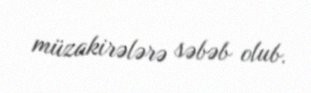
müzakirələrə səbəb olub.